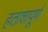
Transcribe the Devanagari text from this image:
हताशापूर्ण